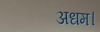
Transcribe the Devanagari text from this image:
अधम।